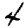
Digit: 4